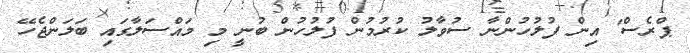
ޕްރެސް' އިން ފުލުހުންނާ ސުވާލު ކުރުމުން ފުލުހުން ބުނީ މި މައްސަލާގައި ބަލަންޖެހޭ